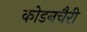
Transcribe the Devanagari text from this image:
कोडनचैरी